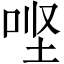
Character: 𫪄